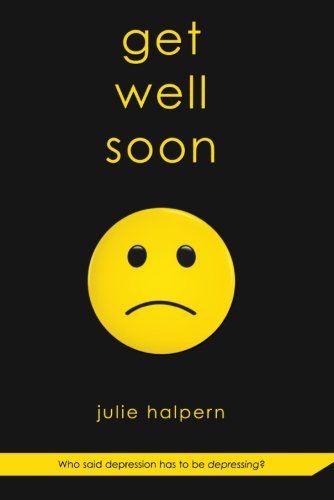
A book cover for Get Well Soon; Julie Halpern; Teen & Young Adult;